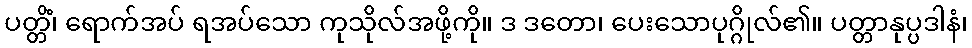
ပတ္တိံ၊ ရောက်အပ် ရအပ်သော ကုသိုလ်အဖို့ကို။ ဒ ဒတော၊ ပေးသောပုဂ္ဂိုလ်၏။ ပတ္တာနုပ္ပဒါနံ၊